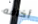
أخافه